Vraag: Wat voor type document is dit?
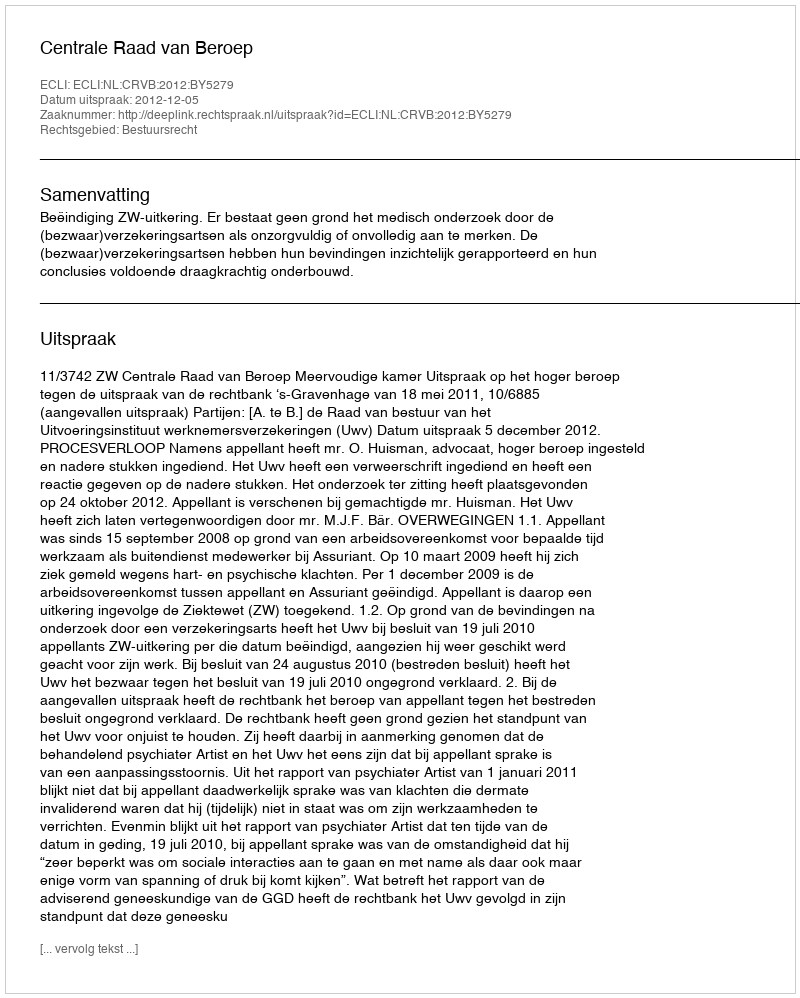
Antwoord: Uitspraak